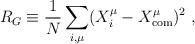
LaTeX: \begin{align*}R_G \equiv \frac{1}{N}\sum_{i,\mu}(X_i^{\mu} - X_{{\rm{com}}}^{\mu})^2\ , \protect\end{align*}